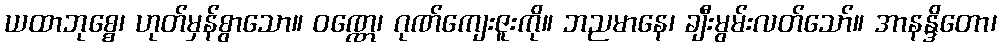
ယထာဘုစ္စေ၊ ဟုတ်မှန်စွာသော။ ဝဏ္ဏေ၊ ဂုဏ်ကျေးဇူးကို။ ဘညမာနေ၊ ချီးမွမ်းလတ်သော်။ အာနန္ဒိတော၊